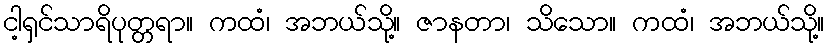
ငါ့ရှင်သာရိပုတ္တရာ။ ကထံ၊ အဘယ်သို့။ ဇာနတာ၊ သိသော။ ကထံ၊ အဘယ်သို့။